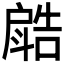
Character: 𣂋